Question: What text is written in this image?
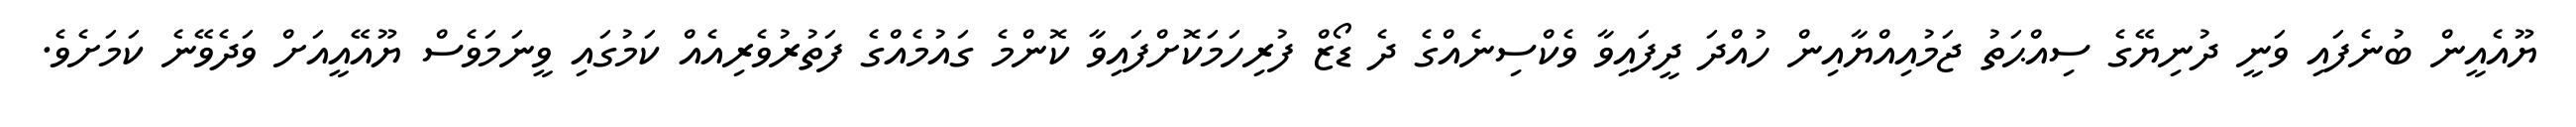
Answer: ޔޫއެއީން ބުނެފައި ވަނީ ދުނިޔޭގެ ސިއްޙަތު ޖަމުއިއްޔާއިން ހުއްދަ ދީފައިވާ ވެކްސިނެއްގެ ދެ ޑޯޒް ފުރިހަމަކޮށްފައިވާ ކޮންމެ ގައުމެއްގެ ފަތުރުވެރިއެއް ކަމުގައި ވީނަމަވެސް ޔޫއޭއީއަށް ވަދެވޭނެ ކަމަށެވެ.